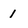
Character: 1